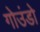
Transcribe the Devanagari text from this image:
गोउंडो